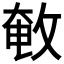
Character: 𢽱